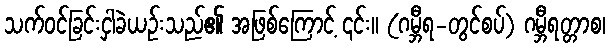
သက်ဝင်ခြင်းငှါခဲယဉ်းသည်၏ အဖြစ်ကြောင့် ၎င်း။ (ဂမ္ဘီရ-တွင်စပ်) ဂမ္ဘီရတ္တာစ၊